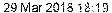
29 MAR 2018 18:19